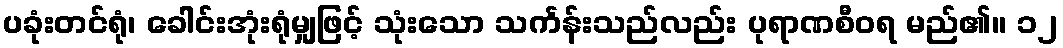
ပခုံးတင်ရုံ၊ ခေါင်းအုံးရုံမျှဖြင့် သုံးသော သင်္ကန်းသည်လည်း ပုရာဏစီဝရ မည်၏။ ၁၂